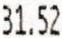
31.52